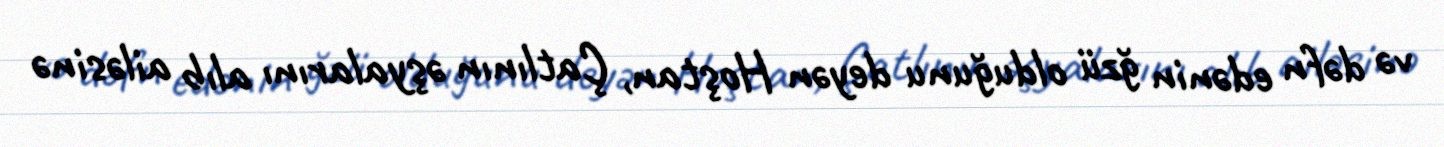
və dəfn edənin ğzü olduğunu deyən Hoştan, Çatlının əşyalarını alıb ailəsinə